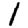
Digit: 1